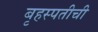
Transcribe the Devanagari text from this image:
बृहस्पतीची